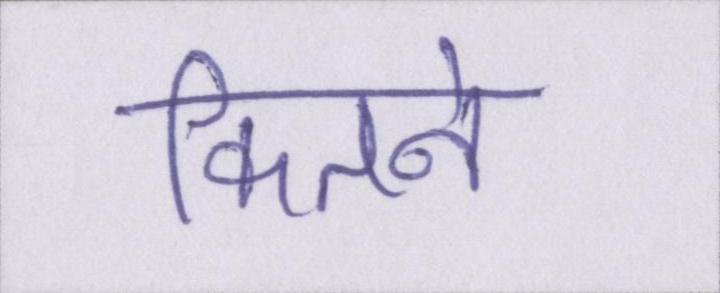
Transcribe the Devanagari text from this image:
कितने